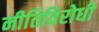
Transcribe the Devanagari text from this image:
नीतिविरोधी